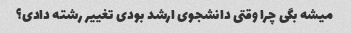
میشه بگی چرا وقتی دانشجوی ارشد بودی تغییر رشته دادی؟